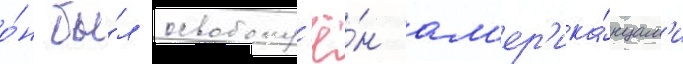
о́н бы́л освобожд'ё́н ам'ер'ика́нцам'и